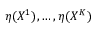
\eta ( X ^ { 1 } ) , \ldots , \eta ( X ^ { K } )